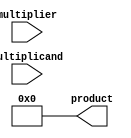
module booth_multiplier(
    input [31:0] multiplicand,
    input [31:0] multiplier,
    output reg [63:0] product
);

reg [31:0] a, s;
reg [6:0] count; // 6 bits are sufficient for 32-bit multiplication

always @(*) begin
    a = multiplicand;
    s = {32{multiplier[31]}};

    count = 0;
    product = 64'b0;

    repeat (32) begin
        if (multiplier[1:0] == 2'b10) begin
            product = product + {s, a};
        end else if (multiplier[1:0] == 2'b01) begin
            product = product - {s, a};
        end

        // Shift right by 2 bits for Booth encoding
        a = a >> 1;
        s = s << 1;

        // Update multiplier
        multiplier = {multiplier[30], multiplier[31], multiplier[31]};
    end
end

endmodule